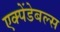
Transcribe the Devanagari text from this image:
एक्पेंडेबल्स